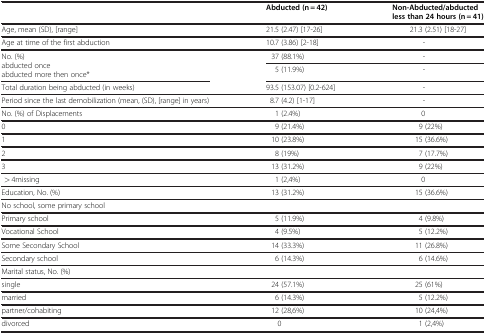
|  | Abducted (n = 42) | Non-Abducted/abducted less than 24 hours (n = 41) |
 | --- | --- | --- |
 | Age, mean (SD), [range] | 21.5 (2.47) [17-26] | 21.3 (2.51) [18-27] |
 | Age at time of the first abduction | 10.7 (3.86) [2-18] | - |
 | <ROWSPAN=2> No. (%) abducted once abducted more then once* | 37 (88.1%) | - |
 | 5 (11.9%) | - |
 | Total duration being abducted (in weeks) | 93.5 (153.07) [0.2-624] | - |
 | Period since the last demobilization (mean, (SD), [range] in years) | 8.7 (4.2) [1-17] | - |
 | No. (%) of Displacements | 1 (2.4%) | 0 |
 | 0 | 9 (21.4%) | 9 (22%) |
 | 1 | 10 (23.8%) | 15 (36.6%) |
 | 2 | 8 (19%) | 7 (17.7%) |
 | 3 | 13 (31.2%) | 9 (22%) |
 | > 4missing | 1 (2,4%) | 0 |
 | Education, No. (%) | 13 (31.2%) | 15 (36.6%) |
 | No school, some primary school |  |  |
 | Primary school | 5 (11.9%) | 4 (9.8%) |
 | Vocational School | 4 (9.5%) | 5 (12.2%) |
 | Some Secondary School | 14 (33.3%) | 11 (26.8%) |
 | Secondary school | 6 (14.3%) | 6 (14.6%) |
 | Marital status, No. (%) |  |  |
 | single | 24 (57.1%) | 25 (61%) |
 | married | 6 (14.3%) | 5 (12.2%) |
 | partner/cohabiting | 12 (28,6%) | 10 (24,4%) |
 | divorced | 0 | 1 (2,4%) |